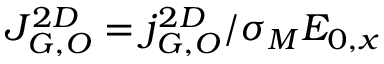
J _ { G , O } ^ { 2 D } = j _ { G , O } ^ { 2 D } / \sigma _ { M } E _ { 0 , x }